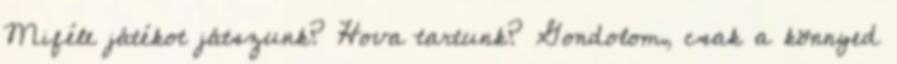
Miféle játékot játszunk? Hova tartunk? Gondolom, csak a könnyed